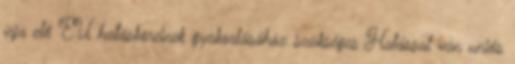
írja elő EU hatásköreinek gyakorlásához szükséges Hatással van uniós